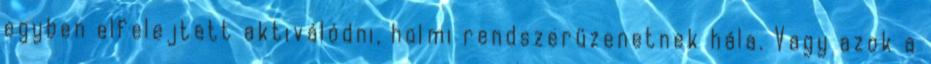
egyben elfelejtett aktiválódni, holmi rendszerüzenetnek hála. Vagy azok a